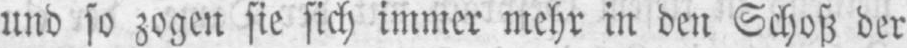
und so zogen sie sich immer mehr in den Schoß der